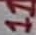
Text: 11